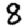
Digit: 8